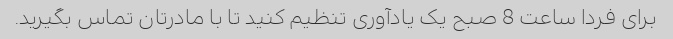
برای فردا ساعت 8 صبح یک یادآوری تنظیم کنید تا با مادرتان تماس بگیرید.